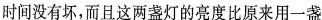
时间没有坏，而且这两盏灯的亮度比原来用一盏